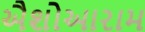
ઐશોઆરામ